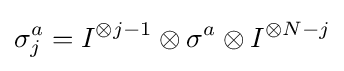
\sigma _{j}^{a}=I^{\otimes j-1}\otimes \sigma ^{a}\otimes I^{\otimes N-j}